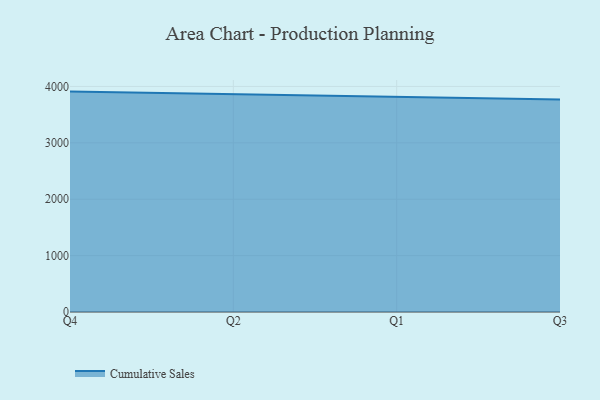
{"axis": {"x": "Quarter", "y": "Production Output"}, "legend": ["Cumulative Sales"], "data": [{"x": "Q4", "y": 3908.7, "type": "Cumulative Sales"}, {"x": "Q2", "y": 3861.7, "type": "Cumulative Sales"}, {"x": "Q1", "y": 3820.8, "type": "Cumulative Sales"}, {"x": "Q3", "y": 3769.4, "type": "Cumulative Sales"}]}